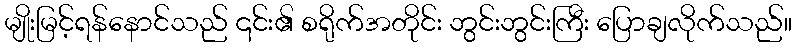
မျိုးမြင့်ရန်နောင်သည် ၎င်း၏ စရိုက်အတိုင်း ဘွင်းဘွင်းကြီး ပြောချလိုက်သည်။